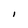
Character: I